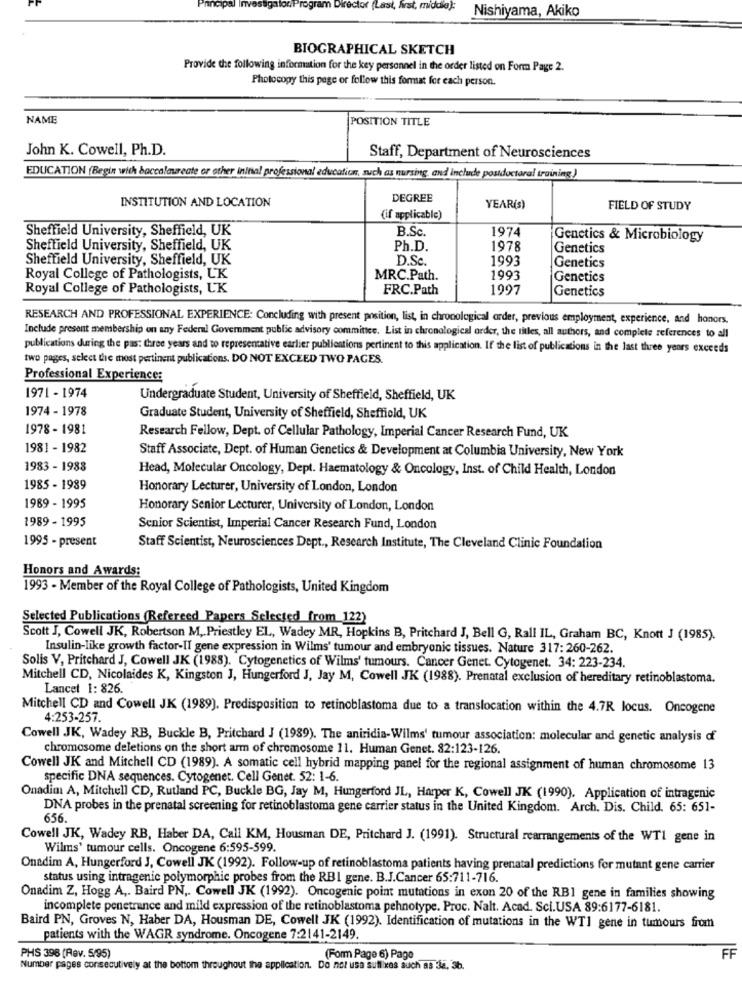
nncipal InvestigatorProgram Director (Last, first, middle):
Nishiyama, Akiko
BIOGRAPHICAL SKETCH
Provide the following information for the key personnel in the order listed on Form Page 2.
Photocopy this page or follow this format for each person.
NAME
POSITION TITLE
John K. Cowell, Ph.D.
Staff, Department of Neurosciences
EDUCATION (Begin with baccalaureate or other initial professional education, such as nursing, and include postdoctoral training)
INSTITUTION AND LOCATION
DEGREE
YEAR(S)
FIELD OF STUDY
(if applicable)
Sheffield University, Sheffield, UK
B.Sc
1974
Genetics & Microbiology
Sheffield University, Sheffield, UK
Ph.D.
1978
Genetics
Sheffield University, Sheffield, UK
D.Sc.
1993
Genetics
Royal College of Pathologists, UK
MRC.Path.
1993
Genetics
Royal College of Pathologists, UK
FRC.Path
1997
Genetics
RESEARCH AND PROFESSIONAL EXPERIENCE: Concluding with present position, list, in chronological arder, previous employment, experience, and honors.
Include present membership on any Federal Government public advisory committee. List in chronological order, the titles, all authors, and complete references to all
publications during the pas: three years and to representative earlier publientions pertinent to this application. If the list of publications in the last three years exceeds
two pages, select the most pertinent publications. DO NOT EXCEED TWO PAGES.
Professional Experience:
1971 - 1974
Undergraduate Student, University of Sheffield, Sheffield, UK
1974 - 1978
Graduate Student, University of Sheffield, Sheffield, UK
1978 - 1981
Research Fellow, Dept. of Cellular Pathology, Imperial Cancer Research Fund, UK
1981 - 1982
Staff Associate, Dept. of Human Genetics & Development at Columbia University, New York
1983 - 1988
Head, Molecular Oncology, Dept. Haematology & Oncology, Inst. of Child Health, London
1985 - 1989
Honorary Lecturer, University of London, London
1989 - 1995
Honorary Senior Lecturer, University of London, London
1989 - 1995
Senior Scientist, Imperial Cancer Research Fund, London
1995 - present
Staff Scientist, Neurosciences Dept ., Research Institute, The Cleveland Clinic Foundation
Honors and Awards:
1993 - Member of the Royal College of Pathologists, United Kingdom
Selected Publications (Refereed Papers Selected from_122)
Scott J, Cowell JK, Robertson M. Priestley EL, Wadey MR, Hopkins B, Pritchard J, Bell G, Rall IL, Graham BC, Knott J (1985).
Insulin-like growth factor-II gene expression in Wilms' tumour and embryonic tissues. Nature 317: 260-262.
Solis V, Pritchard J, Cowell JK (1988). Cytogenetics of Wilms' tumours. Cancer Genet. Cytogenet. 34: 223-234.
Mitchell CD, Nicolaides K, Kingston J, Hungerford J, Jay M, Cowell JK (1988). Prenatal exclusion of hereditary retinoblastoma.
Lancet 1: 826.
Mitchell CD and Cowell JK (1989). Predisposition to retinoblastoma due to a translocation within the 4.7R locus. Oncogene
4:253-257.
Cowell JK, Wadey RB, Buckle B, Pritchard J (1989). The aniridia-Wilms' tumour association: molecular and genetic analysis of
chromosome deletions on the short arm of chromosome 11. Human Genet. 82:123-126.
Cowell JK and Mitchell CD (1989). A somatic cell hybrid mapping panel for the regional assignment of human chromosome 13
specific DNA sequences. Cytogenet. Cell Genet. 52: 1-6.
Onadim A, Mitchell CD, Rutland PC, Buckle BG, Jay M, Hungerford JL, Harper K, Cowell JK (1990). Application of intragenic
DNA probes in the prenatal screening for retinoblastoma gene carrier status in the United Kingdom. Arch. Dis. Child. 65: 651-
656.
Cowell JK, Wadey RB, Haber DA, Call KM, Housman DE, Pritchard J. (1991). Structural rearrangements of the WT1 gene in
Wilms' tumour cells. Oncogene 6:595-599.
Onadim A, Hungerford J, Cowell JK (1992). Follow-up of retinoblastoma patients having prenatal predictions for mutant gene carrier
status using intragenic polymorphic probes from the RBI gene. B.J.Cancer 65:711-716.
Onadim Z, Hogg A ,. Baird PN ,. Cowell JK (1992). Oncogenic point mutations in exon 20 of the RBI gene in families showing
incomplete penetrance and mild expression of the retinoblastoma pehnotype. Proc. Nalt. Acad. Sci.USA 89:6177-6181.
Baird PN, Groves N, Haber DA, Housman DE, Cowell JK (1992). Identification of mutations in the WTI gene in tumours from
patients with the WAGR syndrome. Oncogene 7:2141-2149.
PHS 398 (Rev. 5/95)
(Form Page 6) Page
FF
Number pages consecutively at the bottom throughout the application. Do not usa suffixes such as 32. 3b.